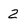
Character: 2